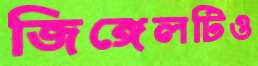
জিঙ্গেলটিও